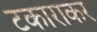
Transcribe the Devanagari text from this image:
टकाराकर